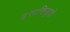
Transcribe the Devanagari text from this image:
इसाशियुवो